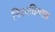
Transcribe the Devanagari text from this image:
निरवधिकाल